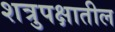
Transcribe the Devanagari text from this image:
शत्रुपक्षातील